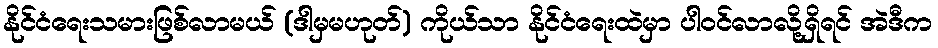
နိုင်ငံရေးသမားဖြစ်လာမယ် (ဒါမှမဟုတ်) ကိုယ်သာ နိုင်ငံရေးထဲမှာ ပါဝင်လာလို့ရှိရင် အဲဒီက